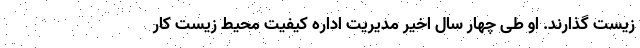
زیست گذارند. او طی چهار سال اخیر مدیریت اداره کیفیت محیط زیست کار